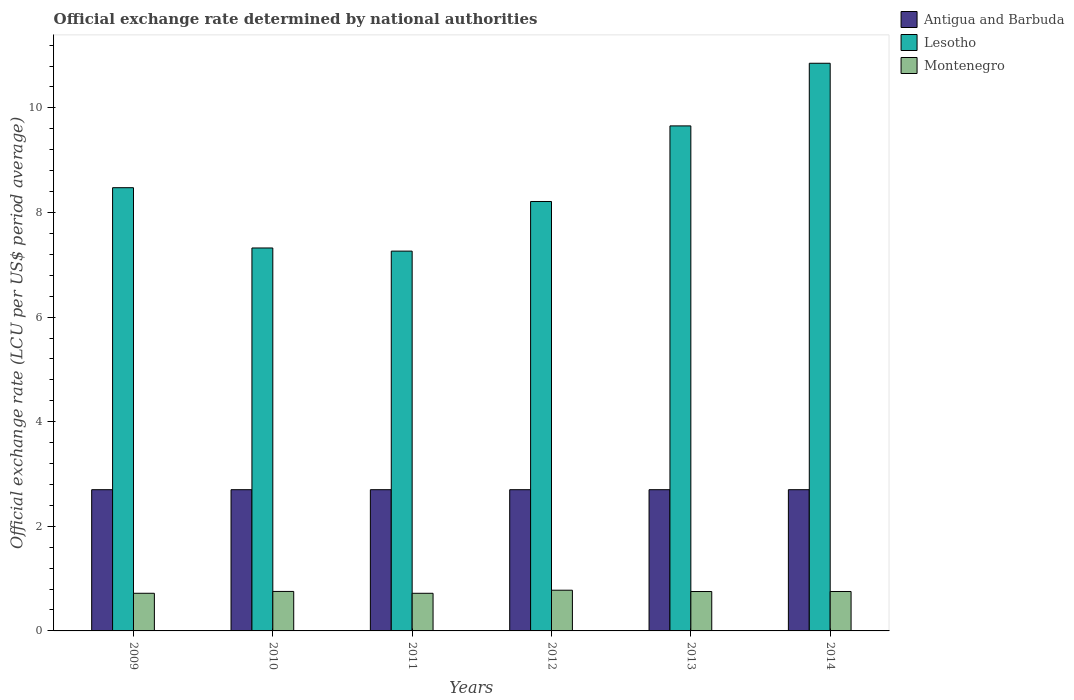
| Years | Antigua and Barbuda | Lesotho | Montenegro |
 | --- | --- | --- | --- |
 | 2009 | 2.7 | 8.47 | 0.72 |
 | 2010 | 2.7 | 7.32 | 0.755 |
 | 2011 | 2.7 | 7.26 | 0.719 |
 | 2012 | 2.7 | 8.21 | 0.778 |
 | 2013 | 2.7 | 9.66 | 0.753 |
 | 2014 | 2.7 | 10.9 | 0.754 |